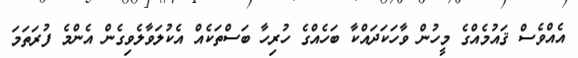
އެއްވެސް ޤައުމެއްގެ މީހުން ވާހަކަދައްކާ ބަހެއްގެ ހުރިހާ ބަސްތަކެއް އެކުލަވާލެވިގެން އެންމެ ފުރަތަމަ